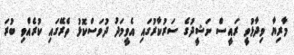
މާރިޔާ ވިދާޅުވީ ރައީސް ނަޝީދުގެ ސަރުކާރުގައި އެވީމަދު ދުވަސްކޮޅު ތެރޭގައި ކުރެއްވި ބުރަ